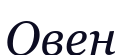
Овен